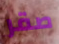
صقر